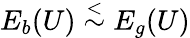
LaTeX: E_{b}(U)\stackrel{<}{\sim}E_{g}(U)